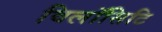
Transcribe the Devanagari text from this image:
विलॉसिटि